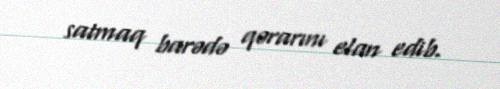
satmaq barədə qərarını elan edib.